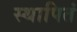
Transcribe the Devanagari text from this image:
स्थापितं